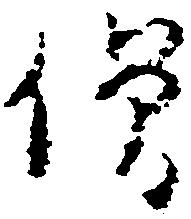
僧